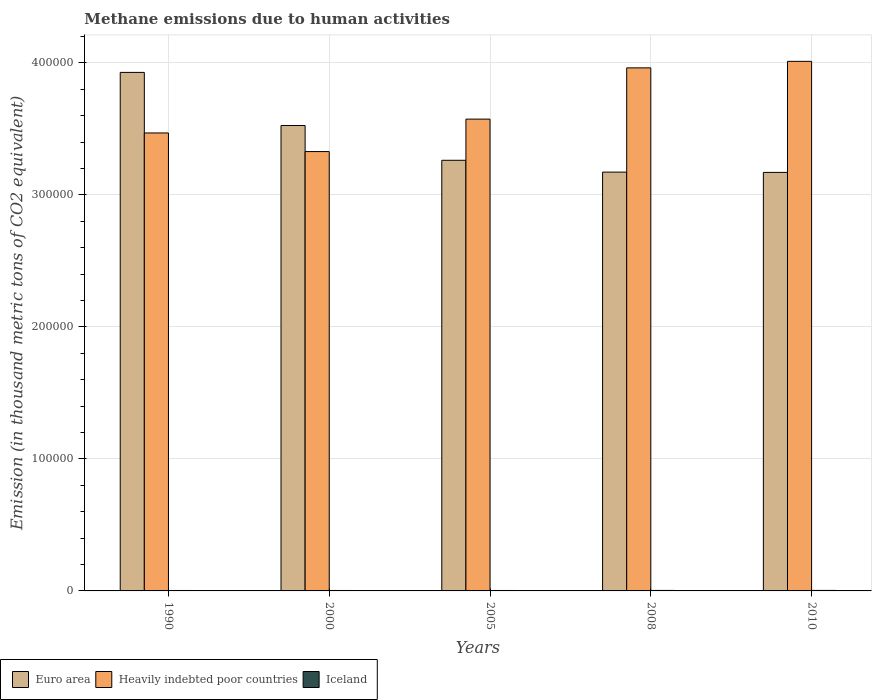
| Years | Euro area | Heavily indebted poor countries | Iceland |
 | --- | --- | --- | --- |
 | 1990 | 3.93e+05 | 3.47e+05 | 342 |
 | 2000 | 3.53e+05 | 3.33e+05 | 336 |
 | 2005 | 3.26e+05 | 3.57e+05 | 336 |
 | 2008 | 3.17e+05 | 3.96e+05 | 367 |
 | 2010 | 3.17e+05 | 4.01e+05 | 383 |